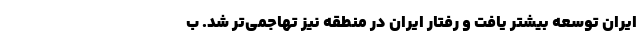
ایران توسعه بیشتر یافت و رفتار ایران در منطقه نیز تهاجمی‌تر شد. ب